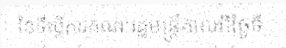
នៃទីស្តីការគណៈរដ្ឋមន្ត្រីកាលពីថ្ងៃទី